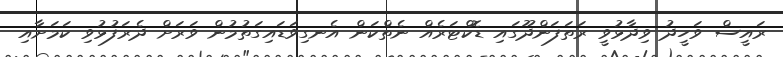
ރައީސް ވަހީދު ވިދާޅުވީ ރަތަފަންދޫގައި ޑޮކްޓަރެއް ނެތްކަން އެނގިވަޑައިގަތުމުން ވަރަށް ދެރަފުޅުވި ކަމަށާއި